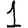
Digit: 1